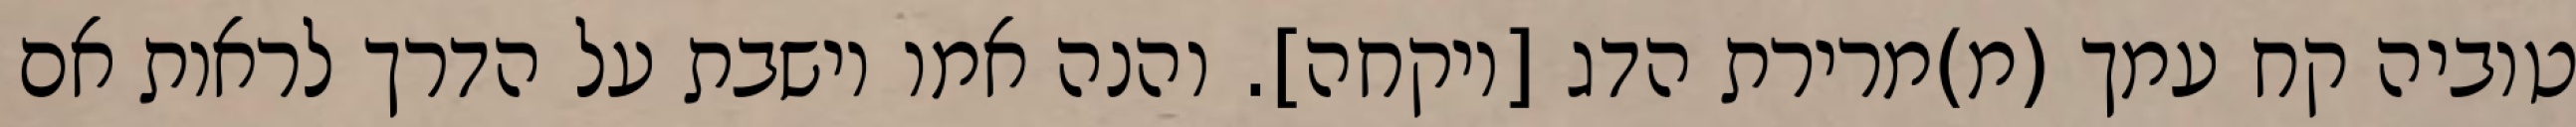
טוביה קח עמך (מ)מרירת הדג [ויקחה]. והנה אמו יושבת על הדרך לראות אם